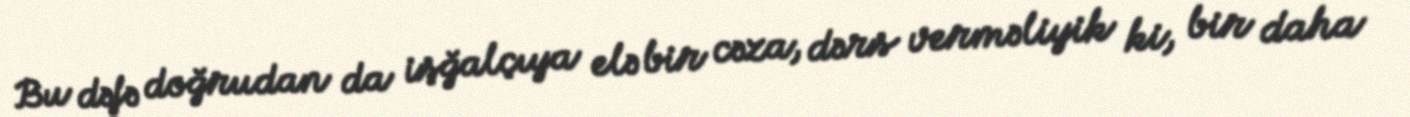
Bu dəfə doğrudan da işğalçıya elə bir cəza, dərs verməliyik ki, bir daha